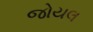
જોયલ